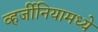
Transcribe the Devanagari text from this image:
व्हर्जीनियामध्ये